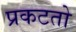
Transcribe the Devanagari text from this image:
प्रकटतो